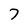
Character: 7